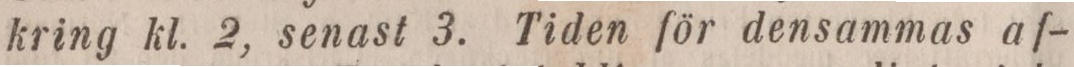
kring kl. 2, senast 3. Tiden för densammas af-